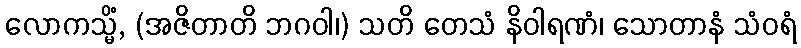
လောကသ္မိံ, (အဇိတာတိ ဘဂဝါ၊) သတိ တေသံ နိဝါရဏံ၊ သောတာနံ သံဝရံ